system: You are a helpful assistant.
user:
Analyze the provided spectrum to determine if it is a **S-type Star**.

- **Key Indicators for S-type Star:**

    - **(Overall Spectrum Shape):** The first and most obvious characteristic is the overall continuum (the "baseline" shape). It is **extremely "red-sloping,"** meaning the flux (light intensity) is very low on the left side (blue, ~4000-4500 Å) and rises steeply and continuously toward the right side (red, ~7000 Å+).

    - **(Primary):** The spectrum is defined by the presence of strong, broad molecular absorption "valleys" (bands) from **Zirconium Oxide (ZrO)**. The identification of these bands is the **primary requirement** for classifying a star as S-type.
        - **(Key Bandheads):** You must find distinct, deep "dips" where the light has been absorbed. The most critical band systems to locate are:
            - **~6474 Å** ($\gamma$-system): This is often the strongest and clearest ZrO feature, found in the red part of the spectrum.
            - **~5718 Å** & **~5551 Å** ($\beta$-system): A pair of prominent absorption features in the yellow-orange part of the spectrum.
            - **~4640 Å** ($\alpha$-system): A key absorption band system in the blue-green region of the spectrum.

    - **(Secondary Confirmation):** The classification is strengthened by finding additional absorption bands from other related heavy element oxides, which are expected to be present alongside ZrO.
        - **(Key Bandheads):**
            - **Yttrium Oxide (YO):** Look for absorption dips near **~4800 Å** and **~6100 Å**.
            - **Lanthanum Oxide (LaO):** Additional absorption features, particularly in the red-orange part of the spectrum, are also characteristic.

    - **(Line Profile):** The combination of the steep red continuum and these numerous, deep molecular bands (ZrO, YO, etc.) gives the entire spectrum a very **"chopped-up"** or **"bumpy"** appearance. Instead of a smooth curve, the spectrum looks as though large, wide chunks of light have been "carved out" of it at the specific wavelengths listed above.

Think first, call **spectral_visualization_tool** if needed to examine features in detail, then provide your final answer. Your response must adhere to the following strict rules:
1.  **Overall Structure:** Your response must follow the format `<think>...</think> <tool_call>...</tool_call> (if a tool is used) <answer>...</answer>`.
2.  **Tool Usage Constraint:** You may only make **one** tool call per turn.
3.  **Final Answer Format:** In the `<answer>` tag, your conclusion must be inside a `\boxed{}` command (e.g., `\boxed{YES}` or `\boxed{NO}`), followed by your justification.

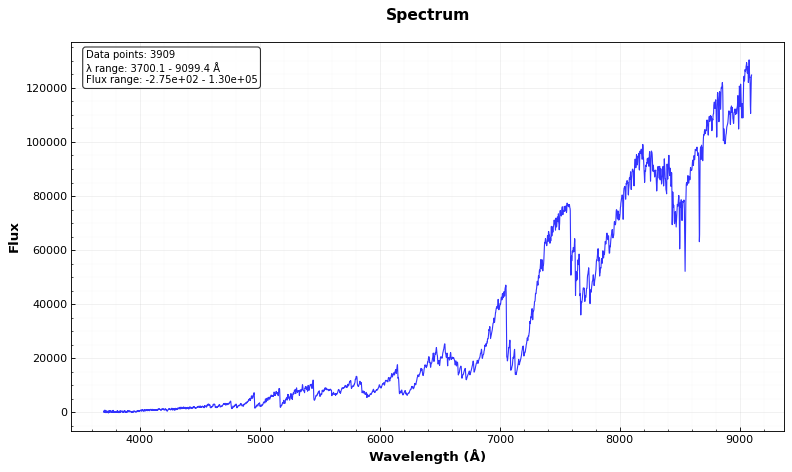
Answer: YES